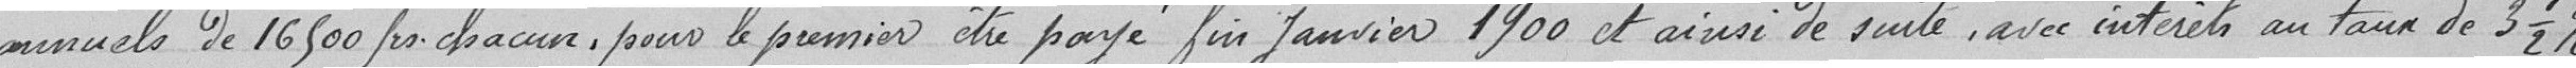
annuels de 16500 francs chacun, pour le premier être payé fin janvier 1900 et ainsi de suite, avec intérêts au taux de 3,5 %